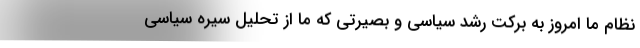
نظام ما امروز به برکت رشد سیاسی و بصیرتی که ما از تحلیل سیره سیاسی